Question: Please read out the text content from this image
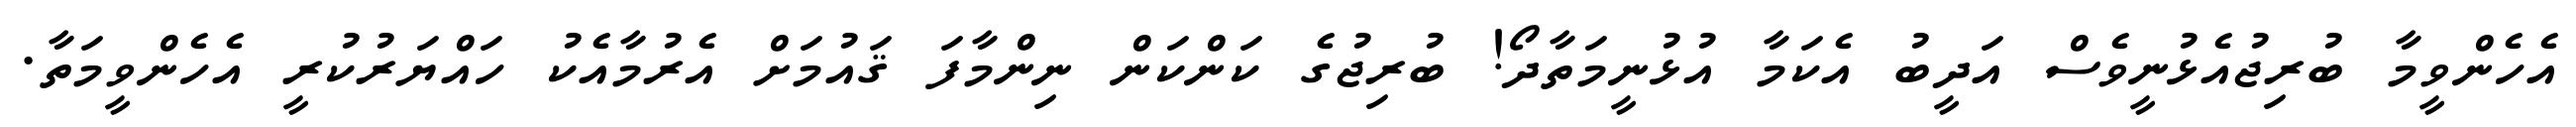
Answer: އެހެންވީމާ ބުރިޖުއެޅުނީވެސް އަދީބު އެކަމާ އުޅުނީމަތާދޯ! ބުރިޖުގެ ކަންކަން ނިންމާފަ ޤައުމަށް އެރުމާއެކު ހައްޔަރުކުރީ އެހެންވީމަތާ.